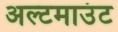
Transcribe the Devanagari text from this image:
अल्टमाउंट